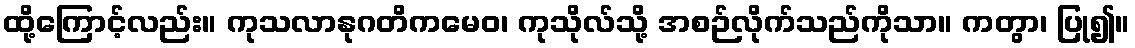
ထို့ကြောင့်လည်း။ ကုသလာနုဂတိကမေဝ၊ ကုသိုလ်သို့ အစဉ်လိုက်သည်ကိုသာ။ ကတွာ၊ ပြု၍။